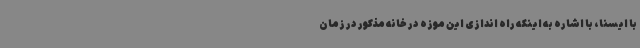
با ایسنا، با اشاره به اینکه راه اندازی این موزه در خانه مذکور در زمان